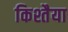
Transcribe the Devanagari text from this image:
किश्तैया